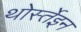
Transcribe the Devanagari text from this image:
थोर्स्तेइन